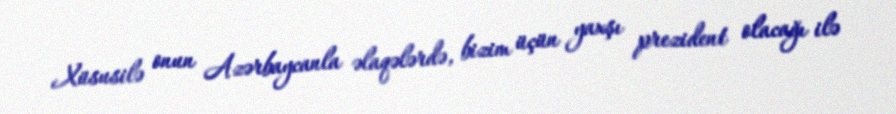
Xüsusilə onun Azərbaycanla əlaqələrdə, bizim üçün yaxşı prezident olacağı ilə